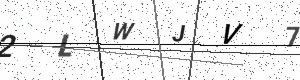
Text: 2LWJV7